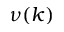
\nu ( k )